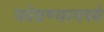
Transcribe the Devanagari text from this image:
फोडण्यामध्ये